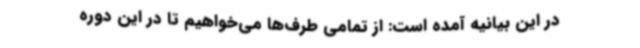
در این بیانیه آمده است: از تمامی طرف‌ها می‌خواهیم تا در این دوره